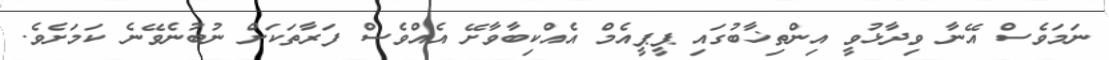
ނަމަވެސް އޭނާ ވިދާޅުވީ އިންތިޚާބުގައި ޕީޕީއެމް އެއްކިބާވާށޭ އެއްވެސް ފަރާތަކަށް ނުބުނެވޭނެ ކަމަށެވެ.